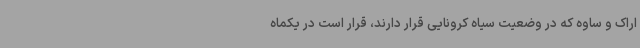
اراک و ساوه که در وضعیت سیاه کرونایی قرار دارند، قرار است در یکماه